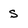
Character: S